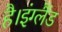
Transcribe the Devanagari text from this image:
है।इंग्लैंड